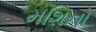
મશિનો